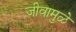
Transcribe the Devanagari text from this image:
जीवामुळे